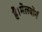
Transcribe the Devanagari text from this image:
है।मेलबोर्न